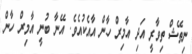
ނިތޭޝް ތިވާރީ އަދި އާމިރް ހާން އާއެކުއެވެ. އޭނާ ބުނީ އާމިރް ހާން